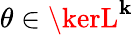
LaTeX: \theta\in\kerL^{\mathbf{k}}